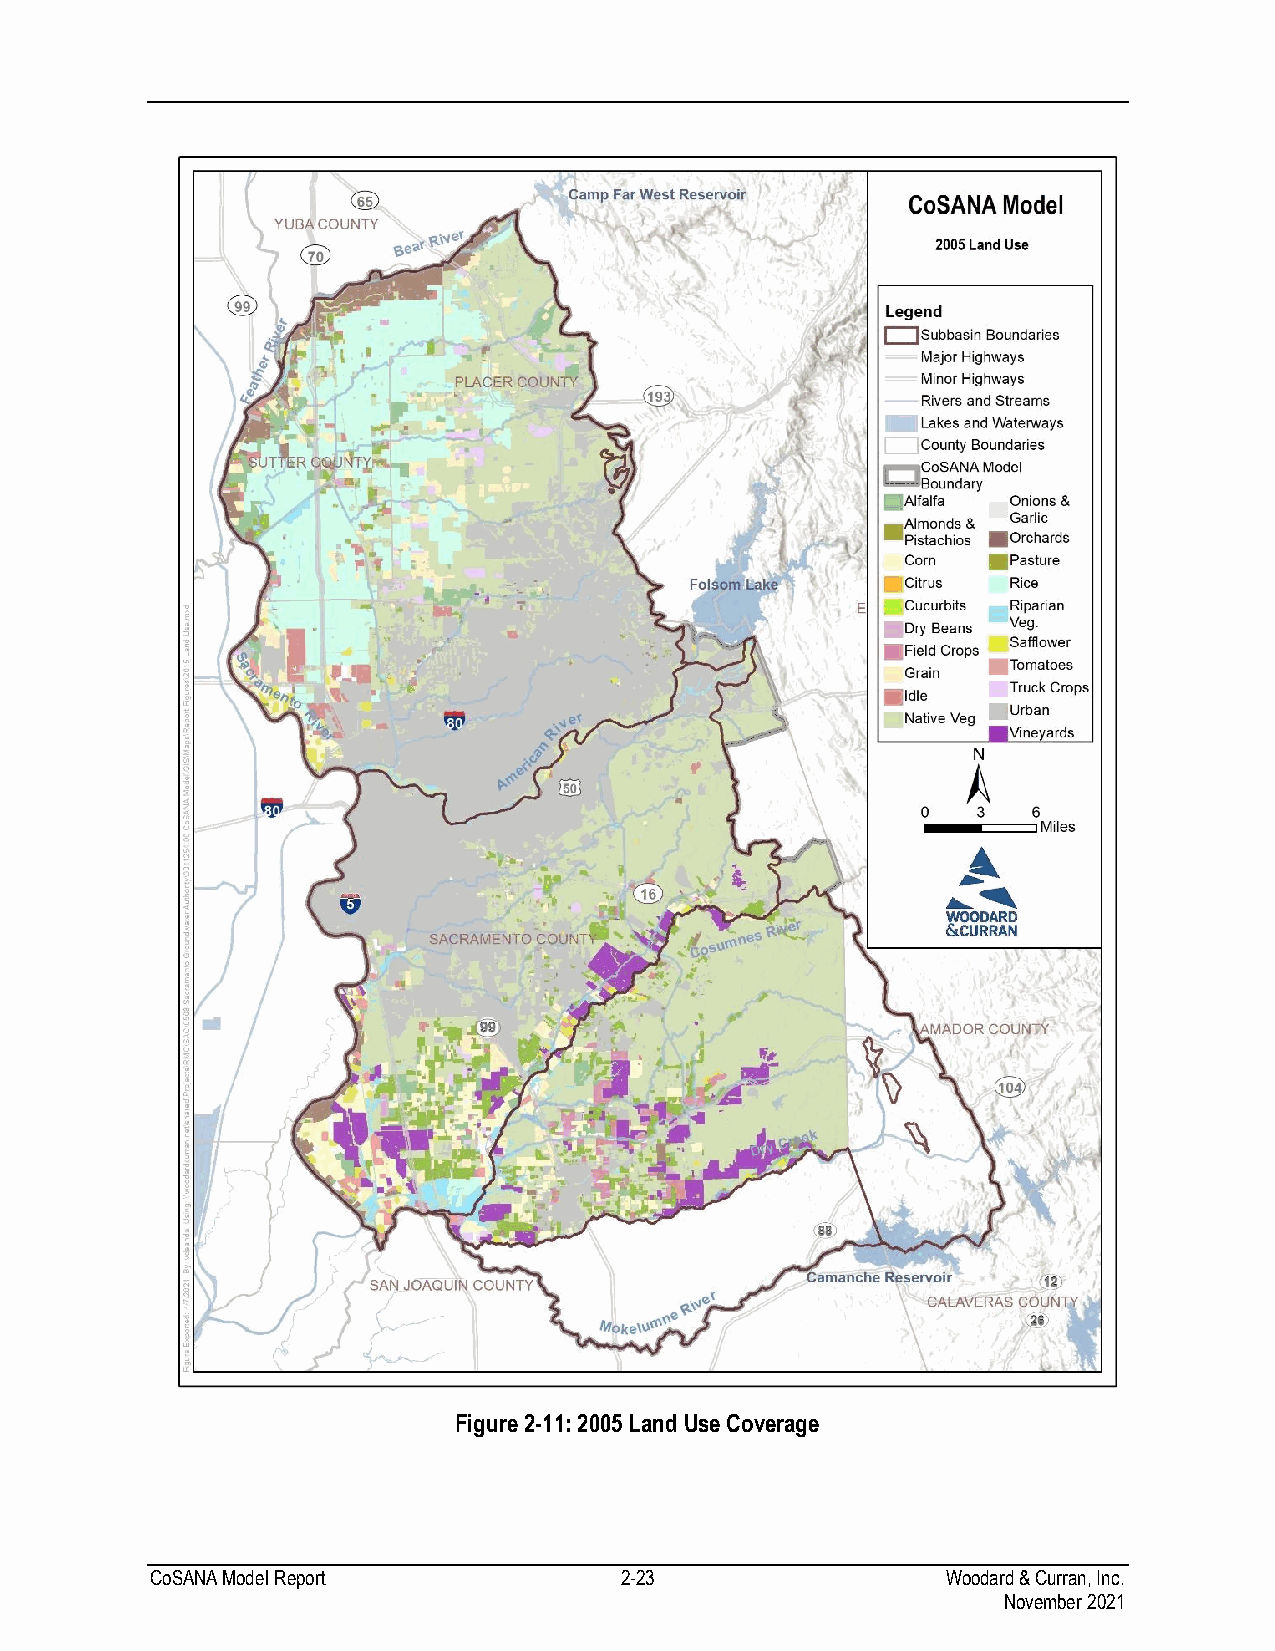
Figure 2-11: 2005 Land Use Coverage
 CoSANA Model Report            2-23                  Woodard & Curran, Inc.
 November 2021